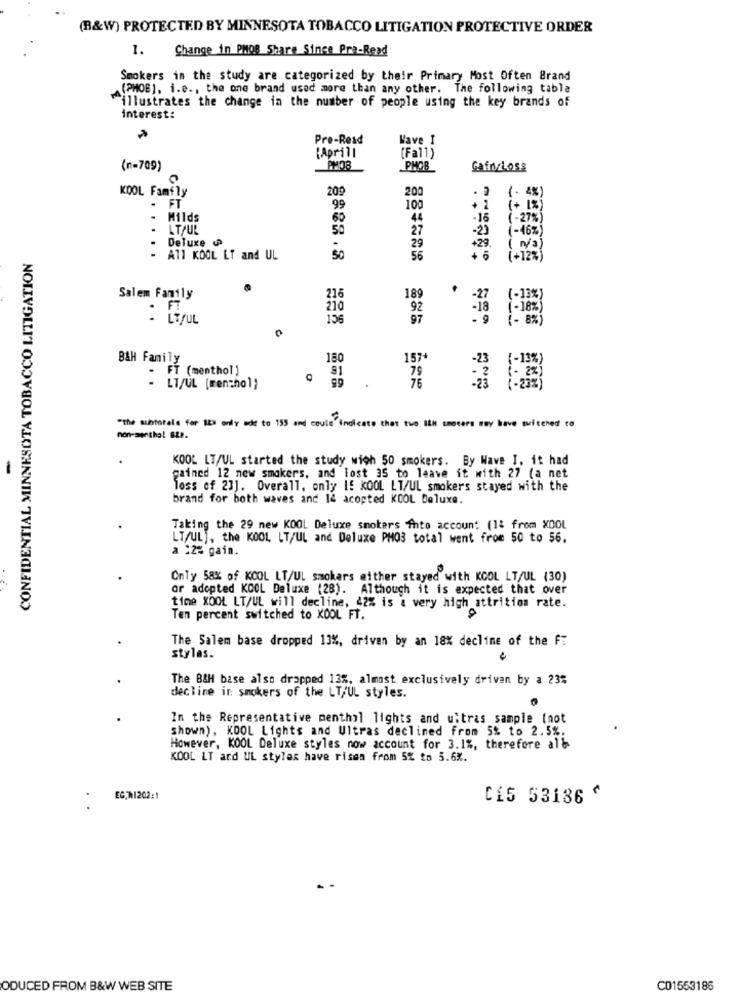
(B&W) PROTECTED BY MINNESOTA TOBACCO LITIGATION PROTECTIVE ORDER
1.
Change in PMOR Share Since Pra-Read
Smokers in the study are categorized by their Primary Most Often Brand
(PHOB]. i.e ., the one brand used more than any other. The following tabla
"illustrates the change in the number of people using the key brands of
interest:
Pre-Read
Wave I
[Aprill
(Fal1)
(n=709)
PHAB
Gafn/Loss
KOOL Family
209
200
FT
(. 4%)
.
99
100
+ 1
(+ 1% )
.
Milds
60
44
-16 (-27%)
.
LT/UL
50
27
-23
(-46%)
Deluxe
.
29
+29. ( 1/2)
CONFIDENTIAL MINNESOTA TOBACCO LITIGATION
- All KOOL LT and UL
56
(+123)
Salem Family
216
189
(-13%)
210
92
: LiNUL
156
97
B&H Family
180
157+
- FT (menthol)
79
99
76
- LT/UL (menthol)
2
"the subtotale for Its only ade to 155 and coule" indicate that two ILH smocers may have switched to
non-mentha! BLF.
KOOL LT/UL started the study wich 50 smokers. By Wave I. it had
-
gained 12 new smokers, and lost 35 to leave it with 27 (a net
loss of 23]. Overall, only If KOOL LT/UL smokers stayed with the
brand for both waves and 14 acopted KOOL Deluxe.
Taking the 29 new KOOL Deluxe smokers Ahto account (1: from XOOL
LT/UL), the KOOL, LT/UL and Deluxe PM03 total went from 50 to 56.
a 22% gain.
Only 58% of KOOL LT/UL smokers either stayed with KOOL LT/UL (30)
or adopted KOOL Deluxe (28). Although it is expected that over
time KOOL LT/UL will decline, 42% is a very high _attrition rate.
Ten percent switched to KOOL FT.
The Salem base dropped 13%, driven by an 18% decline of the F:
stylas.
The B&H base also dropped 13%, almost exclusively driven by a 23%
decline ir smokers of the LT/UL styles.
In the Representative menthal lights and uitras sample (not
shown), KDOL Lights and Ultras declined from 5% to 2.5%.
However, KOOL Deluxe styles now account for 3.1%, therefore all
KOOL LT and UL styler have rissa from 5% to 5.6%.
EG:h1202:1
Ci5 53186 ^
ODUCED FROM B&W WEB SITE
C01553186